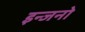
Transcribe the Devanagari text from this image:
इन्जनो